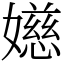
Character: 嬨